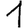
Digit: 1